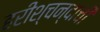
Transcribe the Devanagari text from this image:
हरीश्चन्दाची